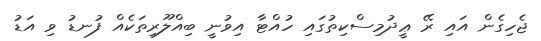
ޖެހިގެން އައި ރޭ ޢީދުމިސްކިތުގައި ހުއްޓާ އިވުނީ ބިއްލޫރިތަކެއް ފުނޑު ވި އަޑު